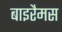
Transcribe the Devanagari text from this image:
बाइरैमस